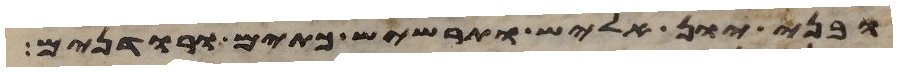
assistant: ובני יון אליש תרשיש כתים ורודנים